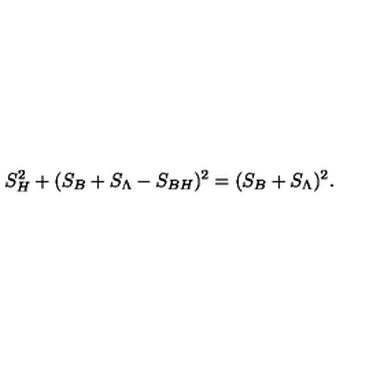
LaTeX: S _ { H } ^ { 2 } + ( S _ { B } + S _ { \Lambda } - S _ { B H } ) ^ { 2 } = ( S _ { B } + S _ { \Lambda } ) ^ { 2 } .